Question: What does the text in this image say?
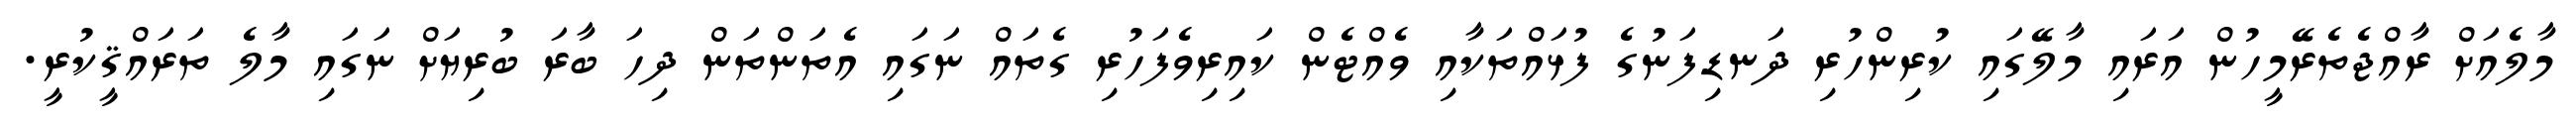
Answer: މާލެއަށް ރާއްޖެތެރޭމީހުން އަރައި މާލޭގައި ކުރިންހުރި ދަނޑިފަނުގެ ފުޅައްތަކާއި ވެއްޓެން ކައިރިވެފަހުރި ގެތައް ނަގައި އެތަންތަން ދިހަ ބާރަ ބުރިޔަށް ނަގައި މާލެ ތަރައްޤީކުރީ.